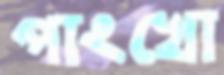
পাংখো